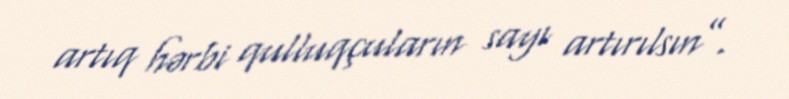
artıq hərbi qulluqçuların sayı artırılsın”.